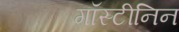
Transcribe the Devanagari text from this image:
गॉस्टीनिन